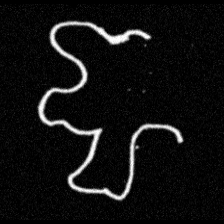
Pyu character \u2014 Myanmar letter: ဈ (romanized: jha)